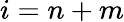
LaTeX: i=n+m